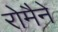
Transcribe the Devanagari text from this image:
रोमैने